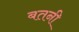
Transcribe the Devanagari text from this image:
बतनी